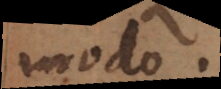
modo.